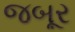
જબૂર